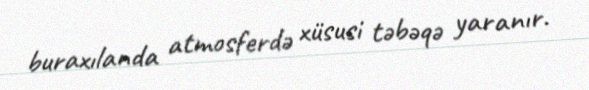
buraxılanda atmosferdə xüsusi təbəqə yaranır.